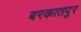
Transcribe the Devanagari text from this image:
बरकातपुर